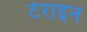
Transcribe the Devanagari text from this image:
टेराइन